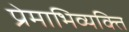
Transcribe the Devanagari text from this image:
प्रेमाभिव्यक्ति